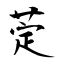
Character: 萣